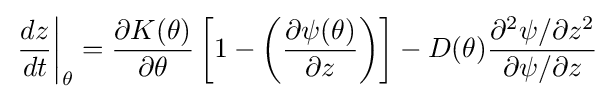
\left.{\frac {dz}{dt}}\right\vert _{\theta }={\frac {\partial K(\theta )}{\partial \theta }}\left[1-\left({\frac {\partial \psi (\theta )}{\partial z}}\right)\right]-D(\theta ){\frac {\partial ^{2}\psi /\partial z^{2}}{\partial \psi /\partial z}}